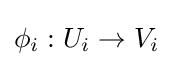
\phi _{i}:U_{i}\to V_{i}